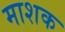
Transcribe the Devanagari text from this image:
माशक